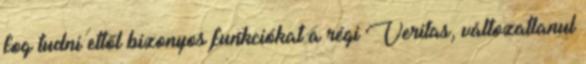
fog tudni ettől bizonyos funkciókat a régi Veritas, változatlanul